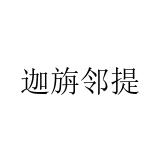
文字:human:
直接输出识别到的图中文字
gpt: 迦旃邻提